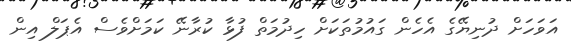
އަވަހަށް ދުނިޔޭގެ އެހެން ގައުމުތަކަށް ހިދުމަތް ފުޅާ ކުރާނޭ ކަމަށްވެސް އެޕަލް އިން